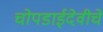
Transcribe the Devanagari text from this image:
चोपडाईदेवीचे